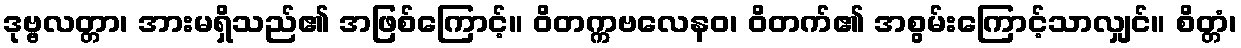
ဒုဗ္ဗလတ္တာ၊ အားမရှိသည်၏ အဖြစ်ကြောင့်။ ဝိတက္ကဗလေနဝ၊ ဝိတက်၏ အစွမ်းကြောင့်သာလျှင်။ စိတ္တံ၊